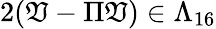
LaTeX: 2(\mathfrak{V}-\Pi\mathfrak{V})\in\Lambda_{16}